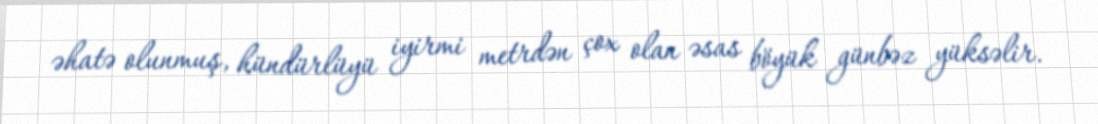
əhatə olunmuş, hündürlüyü iyirmi metrdən çox olan əsas böyük günbəz yüksəlir.